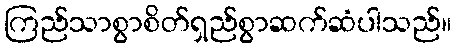
ကြည်သာစွာစိတ်ရှည်စွာဆက်ဆံပါသည်။